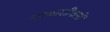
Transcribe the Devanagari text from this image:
नक्काशीकारों